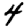
Digit: 4